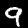
Label: 9